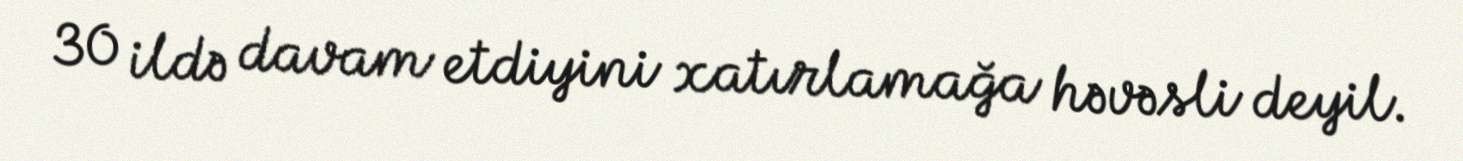
30 ildə davam etdiyini xatırlamağa həvəsli deyil.